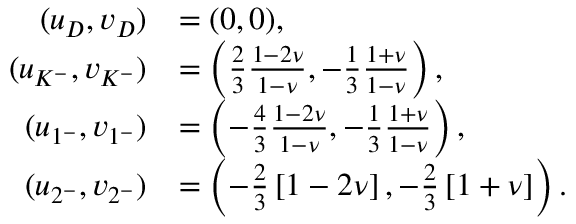
\begin{array} { r l } { ( u _ { D } , v _ { D } ) } & { = ( 0 , 0 ) , } \\ { ( u _ { K ^ { - } } , v _ { K ^ { - } } ) } & { = \left( \frac { 2 } { 3 } \frac { 1 - 2 \nu } { 1 - \nu } , - \frac { 1 } { 3 } \frac { 1 + \nu } { 1 - \nu } \right) , } \\ { ( u _ { 1 ^ { - } } , v _ { 1 ^ { - } } ) } & { = \left( - \frac { 4 } { 3 } \frac { 1 - 2 \nu } { 1 - \nu } , - \frac { 1 } { 3 } \frac { 1 + \nu } { 1 - \nu } \right) , } \\ { ( u _ { 2 ^ { - } } , v _ { 2 ^ { - } } ) } & { = \left( - \frac { 2 } { 3 } \left[ 1 - 2 \nu \right] , - \frac { 2 } { 3 } \left[ 1 + \nu \right] \right) . } \end{array}